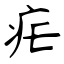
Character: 疟